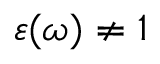
\varepsilon ( \omega ) \neq 1